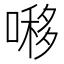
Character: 𠼪